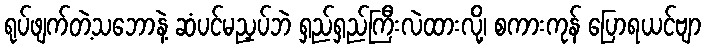
ရုပ်ဖျက်တဲ့သဘောနဲ့ ဆံပင်မညှပ်ဘဲ ရှည်ရှည်ကြီးလဲထားလို့၊ စကားကုန် ပြောရယင်ဗျာ